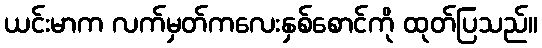
ယင်းမာက လက်မှတ်ကလေးနှစ်စောင်ကို ထုတ်ပြသည်။